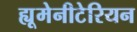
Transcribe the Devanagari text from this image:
ह्यूमेनीटेरियन